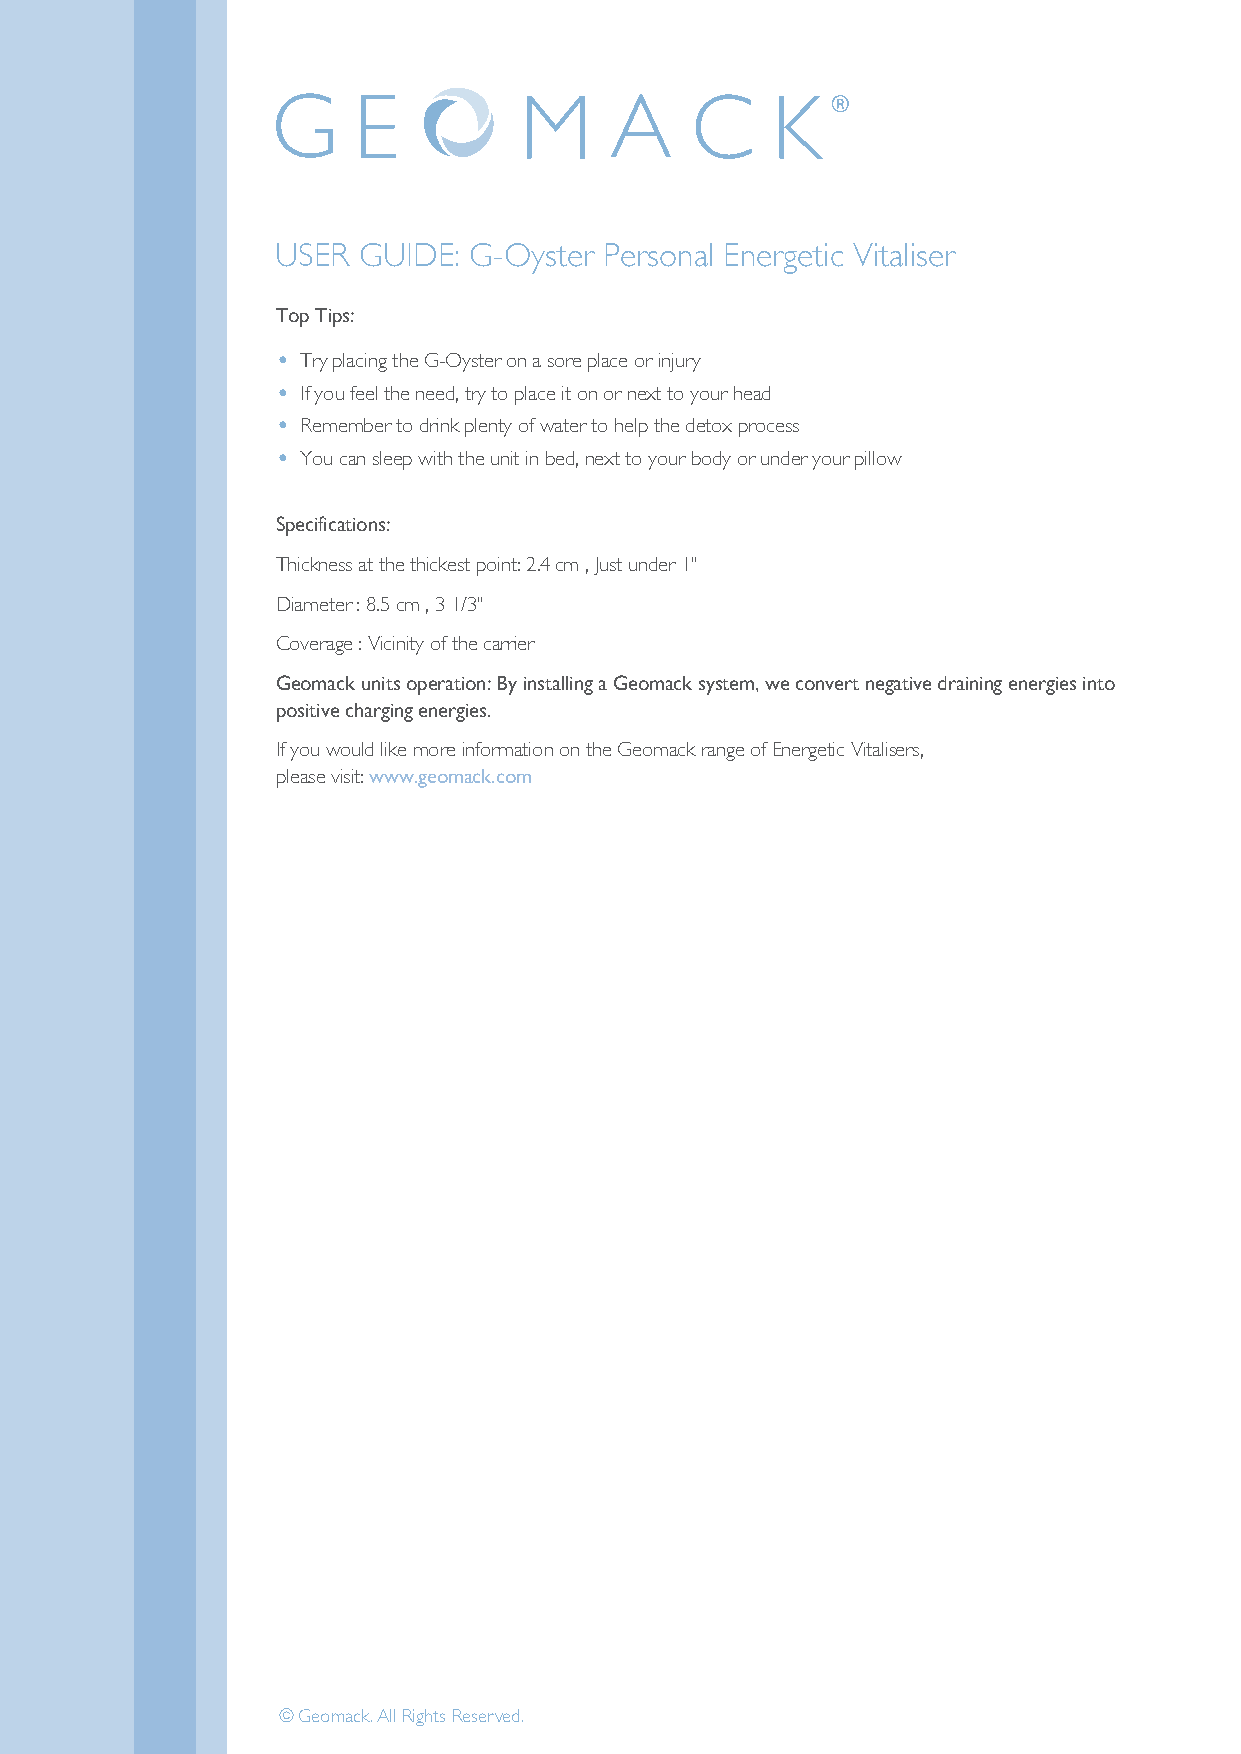
USER  GUIDE: G-Oyster Personal Energetic Vitaliser
 Top Tips:   Top Tips:
 • Try placing the G-O•ys tTerr yo pnl aac isnogr eth pel aGce-O oyr sitnejur royn a sore place or injury
 • If you feel the need,• t r yI f tyoo pul afecee l itt hoen n oere dne, txrty ttoo ypolaucre h iet aodn or next to your head
 • Remember to drink• p l eRnetmy oemf wbaetre tro t od rhineklp p tlehnet dy eotfo wx aptreorc teos sh elp the detox process
 • You can sleep with •th e Y uonuit ciann b selede, pn ewxtit hto t hyeo uurn bit oind yb eodr ,u nnedxetr tyoo yuor upri lbloowdy or under your pillow
 Specifications: Specifications:
 Thickness at the thickesTth picokinnet:s 2s .a4t ctmhe , tJhuisctk uenstd peor i1n"t : 2.4 cm , Just under 1"
 Diameter : 8.5 cm , 3 1D/3ia" meter : 8.5 cm , 3 1/3"
 Coverage : Vicinity of tCheo vcearrraigeer : Vicinity of the carrier
 Geomack units operatGioeno: mBya cink sutanliltins go ap eGraetoiomna: cBky s iynsstteamlli,n wg ea Gcoenovmeratc kn esgyasttievme ,d wraein cinogn veenretr gnieegsa itnivtoe draining energies into
 positive charging energpioessi.t iv e charging energies.
 If you would like more Ifin yfoorum waotiuolnd olikne t hmeo Gree oinmfoarcmk artaionnge o onf tEhnee Grgeeotimc aVcitka lriasenrgse, of Energetic Vitalisers,
 please visit: www.geompalecaks.ceo vmisit: www.geomack.com
 © Geomack .AllRight sReser ved.